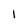
Character: l